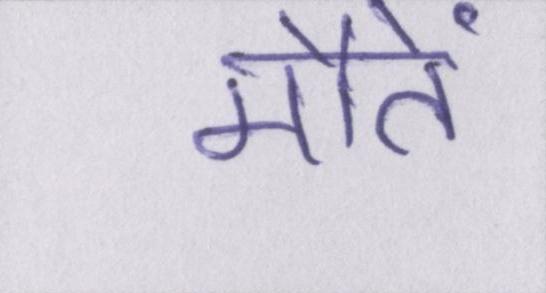
मौतें